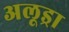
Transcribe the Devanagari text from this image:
अलूड्रा